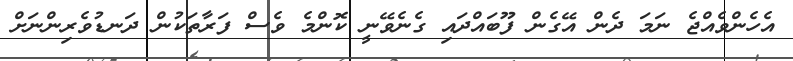
އެހެންވެއްޖެ ނަމަ ދެން އޭގެން ފޫބައްދައި ގެނެވޭނީ ކޮންމެ ވެސް ފަރާތަކުން ދަނޑުވެރިންނަށް